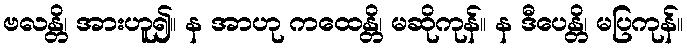
ဗလန္တိ၊ အားဟူ၍။ န အာဟု ကထေန္တိ၊ မဆိုကုန်။ န ဒီပေန္တိ၊ မပြကုန်။